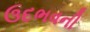
ઉદભવની